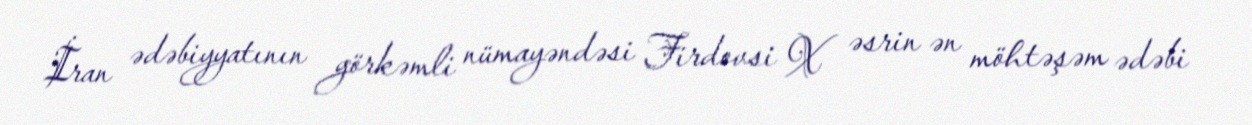
İran ədəbiyyatının görkəmli nümayəndəsi Firdovsi X əsrin ən möhtəşəm ədəbi